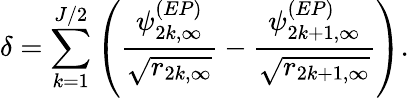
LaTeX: \delta=\sum_{k=1}^{J/2}\left(\frac{\psi_{2k,\infty}^{(EP)}}{\sqrt{r_{2k,\infty}}}-\frac{\psi_{2k+1,\infty}^{(EP)}}{\sqrt{r_{2k+1,\infty}}}\right).